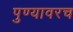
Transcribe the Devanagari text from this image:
पुण्यावरच